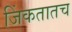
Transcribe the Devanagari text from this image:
जिंकतातच